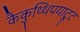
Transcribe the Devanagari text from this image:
कैकुथ्थिपयाट्टू